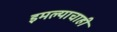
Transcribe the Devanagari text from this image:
इमल्याचाही